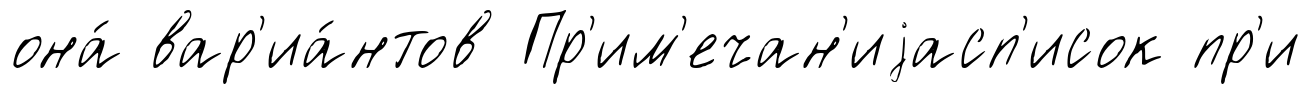
она́ вар'иа́нтов Пр'им'ечан'иjасп'исок пр'и